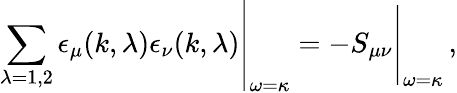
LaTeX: \left.\sum_{\lambda=1,2}\epsilon_{\mu}(k,\lambda)\epsilon_{\nu}(k,\lambda)\right|_{\omega=\kappa}=-\left.\vphantom{\sum_{a}1}S_{\mu\nu}\right|_{\omega=\kappa}\, ,